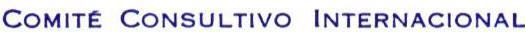
COMITÉ CONSULTIVO INTERNACIONAL